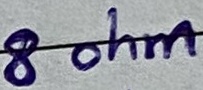
Text: 8 ohm